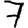
Digit: 7